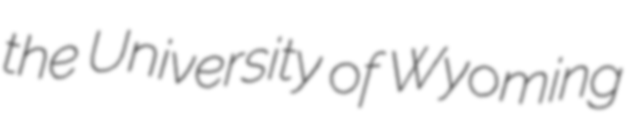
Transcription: the University of Wyoming